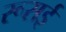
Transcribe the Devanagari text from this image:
रूसई